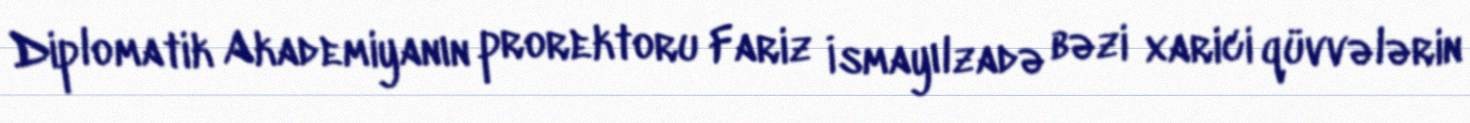
Diplomatik Akademiyanın prorektoru Fariz İsmayılzadə bəzi xarici qüvvələrin